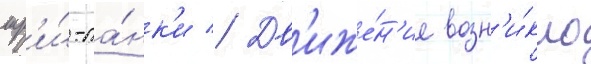
шр'и́-ла́нк'и // Дв'иже́н'ие возн'и́кло